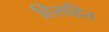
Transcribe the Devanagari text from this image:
हिसहित